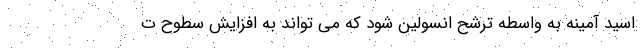
اسید آمینه به واسطه ترشح انسولین شود که می تواند به افزایش سطوح ت